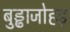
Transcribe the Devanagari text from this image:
बुड्ढाजोहड़